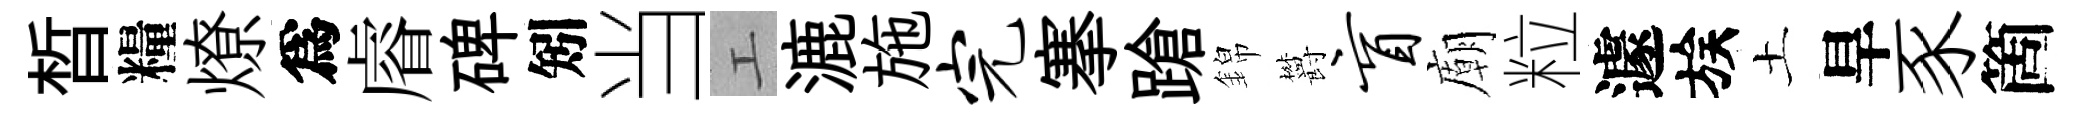
晳糧燎爲𥈠碑矧当工漉施完搴蹌錦欝盲廟粒遽族土旱豕箇